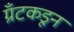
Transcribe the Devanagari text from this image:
ग्रँटकडून